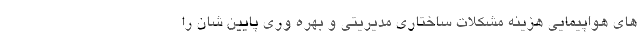
های هواپیمایی هزینه مشکلات ساختاری مدیریتی و بهره وری پایین شان را